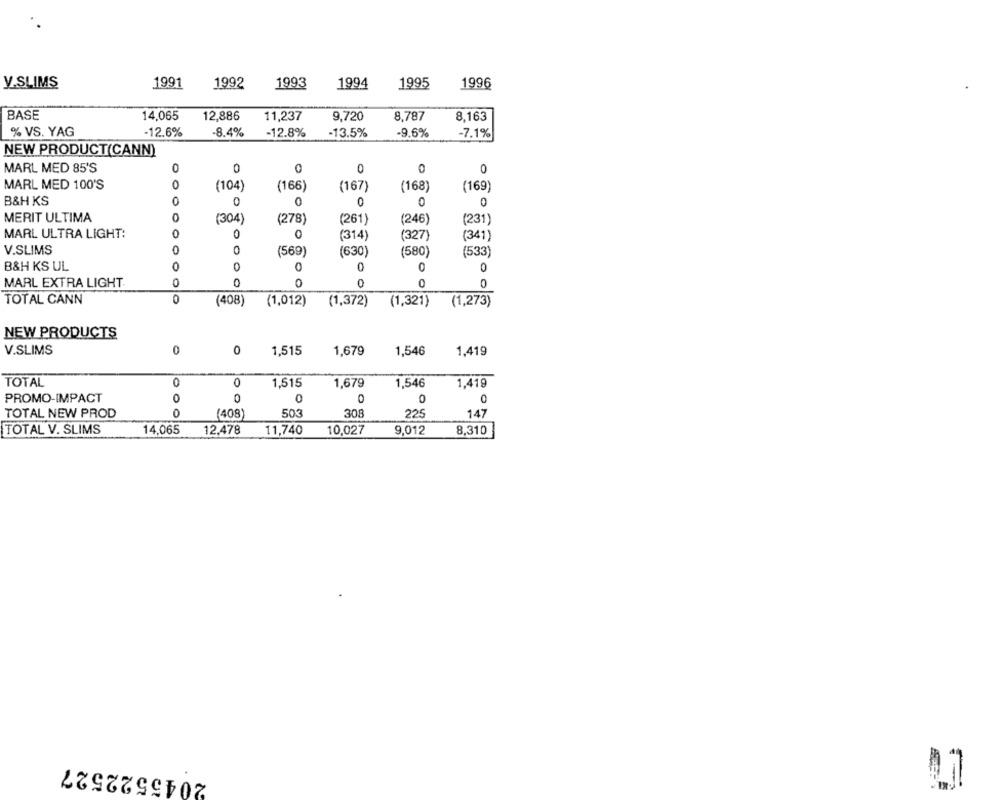
V.SLIMS
1991
1992
1993
1994
1995
1996
BASE
14,065
12,886
11,237
9,720
8.787
8,163
% VS. YAG
-12.6%
-8.4%
-12.8%
-13.5%
-9.6%
-7.1%
NEW PRODUCT(CANN)
MARL MED 85'S
0
0
0
0
0
MARL MED 100'S
0
(104)
(166)
(167)
(168)
(169)
0
0
B&H KS
0
0
MERIT ULTIMA
0
(304)
(278)
(261)
(246)
(231)
0
MARL ULTRA LIGHT:
0
0
(314)
(327)
(341)
V.SLIMS
0
(569)
(630)
(580)
(533
B&H KS UL
0
0
0
0
MARL EXTRA LIGHT
0
0
0
0
0
TOTAL CANN
0
(408)
(1,012)
(1,372)
(1,321)
(1,273)
NEW PRODUCTS
V.SLIMS
0
0
1.515
1,679
1,546
1,419
TOTAL
0
0
1,515
1,679
1,546
1,419
PROMO-IMPACT
0
0
0
0
0
TOTAL NEW PROD
0
(408)
503
308
225
147
TOTAL V. SLIMS
14,065
12,478
11,740
10,027
9,012
8,310
2045522527